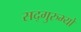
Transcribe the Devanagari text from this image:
सद्गुरुभ्यो